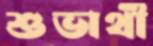
শুভার্থী